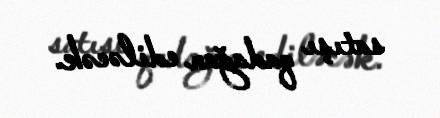
satışı qadağan ediləcək.